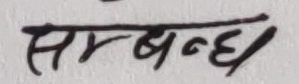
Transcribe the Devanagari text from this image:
सम्बन्ध